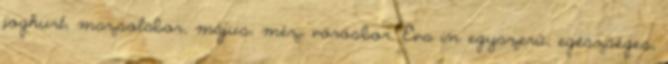
joghurt, mazsolabor, május, méz, vörösbor, Éva in egyszerű, egészséges,